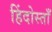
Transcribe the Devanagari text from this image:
हिंदोस्ताँ